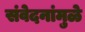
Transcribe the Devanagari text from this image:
संवेदनांमुळे